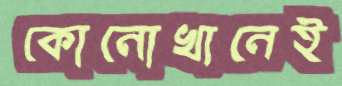
কোনোখানেই